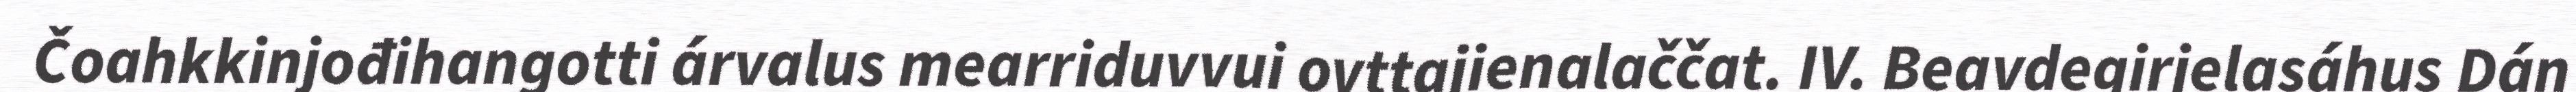
Čoahkkinjođihangotti árvalus mearriduvvui ovttajienalaččat. IV. Beavdegirjelasáhus Dán